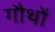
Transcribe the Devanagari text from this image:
गौथों